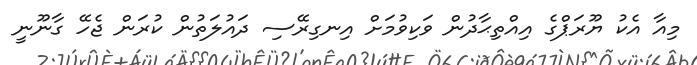
މިއާ އެކު ޔޫރަޕްގެ އިއްތިޙާދުން ވަކިވުމަށް އިނގިރޭސި ދައުލަތުން ކުރަން ޖެހޭ ގާނޫނީ